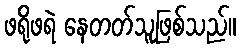
ဖရိုဖရဲ နေတတ်သူဖြစ်သည်။